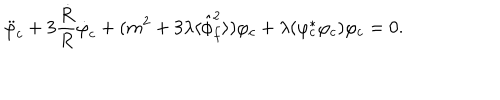
LaTeX: \ddot { \varphi } _ { c } + 3 \frac { \dot { R } } { R } \dot { \varphi } _ { c } + ( m ^ { 2 } + 3 \lambda \langle \hat { \phi } _ { f } ^ { 2 } \rangle ) \varphi _ { c } + \lambda ( \varphi _ { c } ^ { * } \varphi _ { c } ) \varphi _ { c } = 0 .